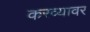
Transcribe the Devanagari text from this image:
करव्यावर